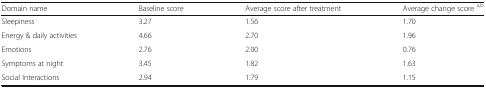
<table><thead><tr><td><b>Domain name</b></td><td><b>Baseline score</b></td><td><b>Average score after treatment</b></td><td><b>Average change score <sup>a,b</sup></b></td></tr></thead><tbody><tr><td>Sleepiness</td><td>3.27</td><td>1.56</td><td>1.70</td></tr><tr><td>Energy &amp; daily activities</td><td>4.66</td><td>2.70</td><td>1.96</td></tr><tr><td>Emotions</td><td>2.76</td><td>2.00</td><td>0.76</td></tr><tr><td>Symptoms at night</td><td>3.45</td><td>1.82</td><td>1.63</td></tr><tr><td>Social Interactions</td><td>2.94</td><td>1.79</td><td>1.15</td></tr></tbody></table>